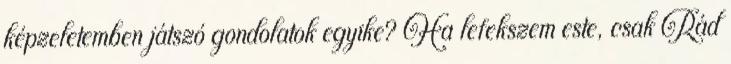
képzeletemben játszó gondolatok egyike? Ha lefekszem este, csak Rád